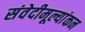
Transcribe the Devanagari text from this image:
संवेदीमूल्यांकन